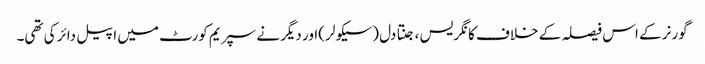
گورنر کے اس فیصلہ کے خلاف کانگریس ، جنتا دل (سیکولر )اور دیگر نے سپریم کورٹ میں اپیل دائر کی تھی۔